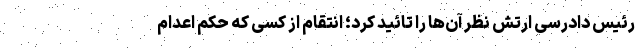
رئیس دادرسی ارتش نظر آن‌ها را تائید کرد؛ انتقام از کسی که حکم اعدام